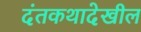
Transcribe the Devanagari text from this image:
दंतकथादेखील